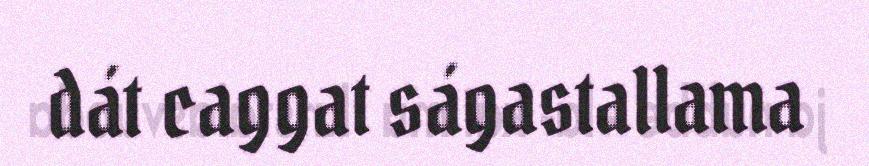
dát caggat ságastallama